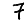
Digit: 7